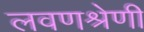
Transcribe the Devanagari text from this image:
लवणश्रेणी